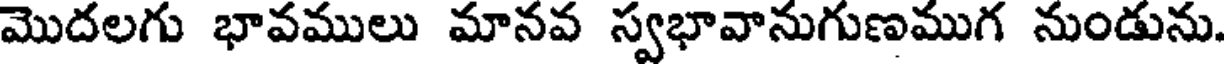
మొదలగు భావములు మానవ స్వభావానుగుణముగ నుండును.